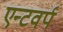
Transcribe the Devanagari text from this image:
एन्टवर्प